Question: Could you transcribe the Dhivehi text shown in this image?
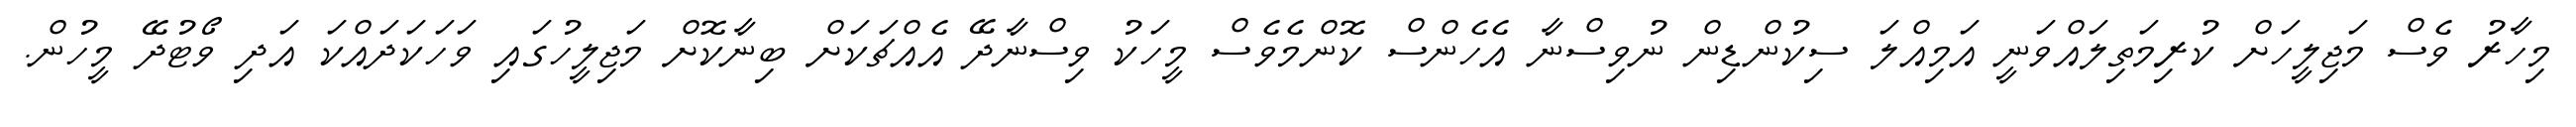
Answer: މިހާރު ވެސް މަޖިލީހަށް ކުރިމަތިލައްވަނީ އަމިއްލަ ސިކުންޑިން ނުވިސްނާ އެހެންސް ކޮންމެވެސް މީހަކު ވިސްނާދޭ އެއްޗަކަށް ބިނާކޮށް މަޖިލީހުގައި ވަހަކަދައްކަ އަދި ވޯޓުދޭ މީހުން.